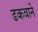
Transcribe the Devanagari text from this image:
ढकवाने